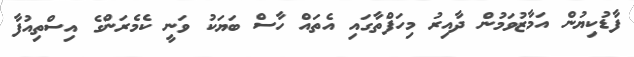
ފާޑުކިޔުން އަމާޒުވަމުން ދާއިރު މިހަފްތާގައި އެތައް ހާސް ބަޔަކު ވަނީ ކެމެރަންގެ އިސްތިއުފާ